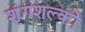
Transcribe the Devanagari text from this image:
शृंगशल्कों